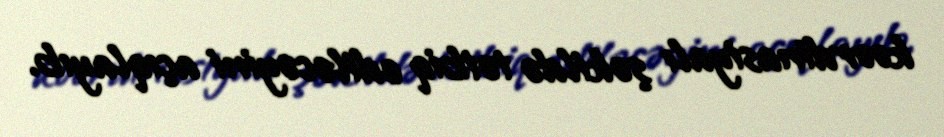
koordinasiyalı şəkildə tətbiq ediləcəyini açıqlayıb.